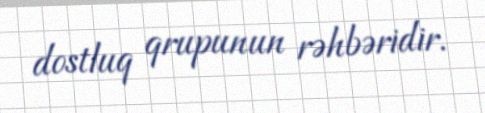
dostluq qrupunun rəhbəridir.